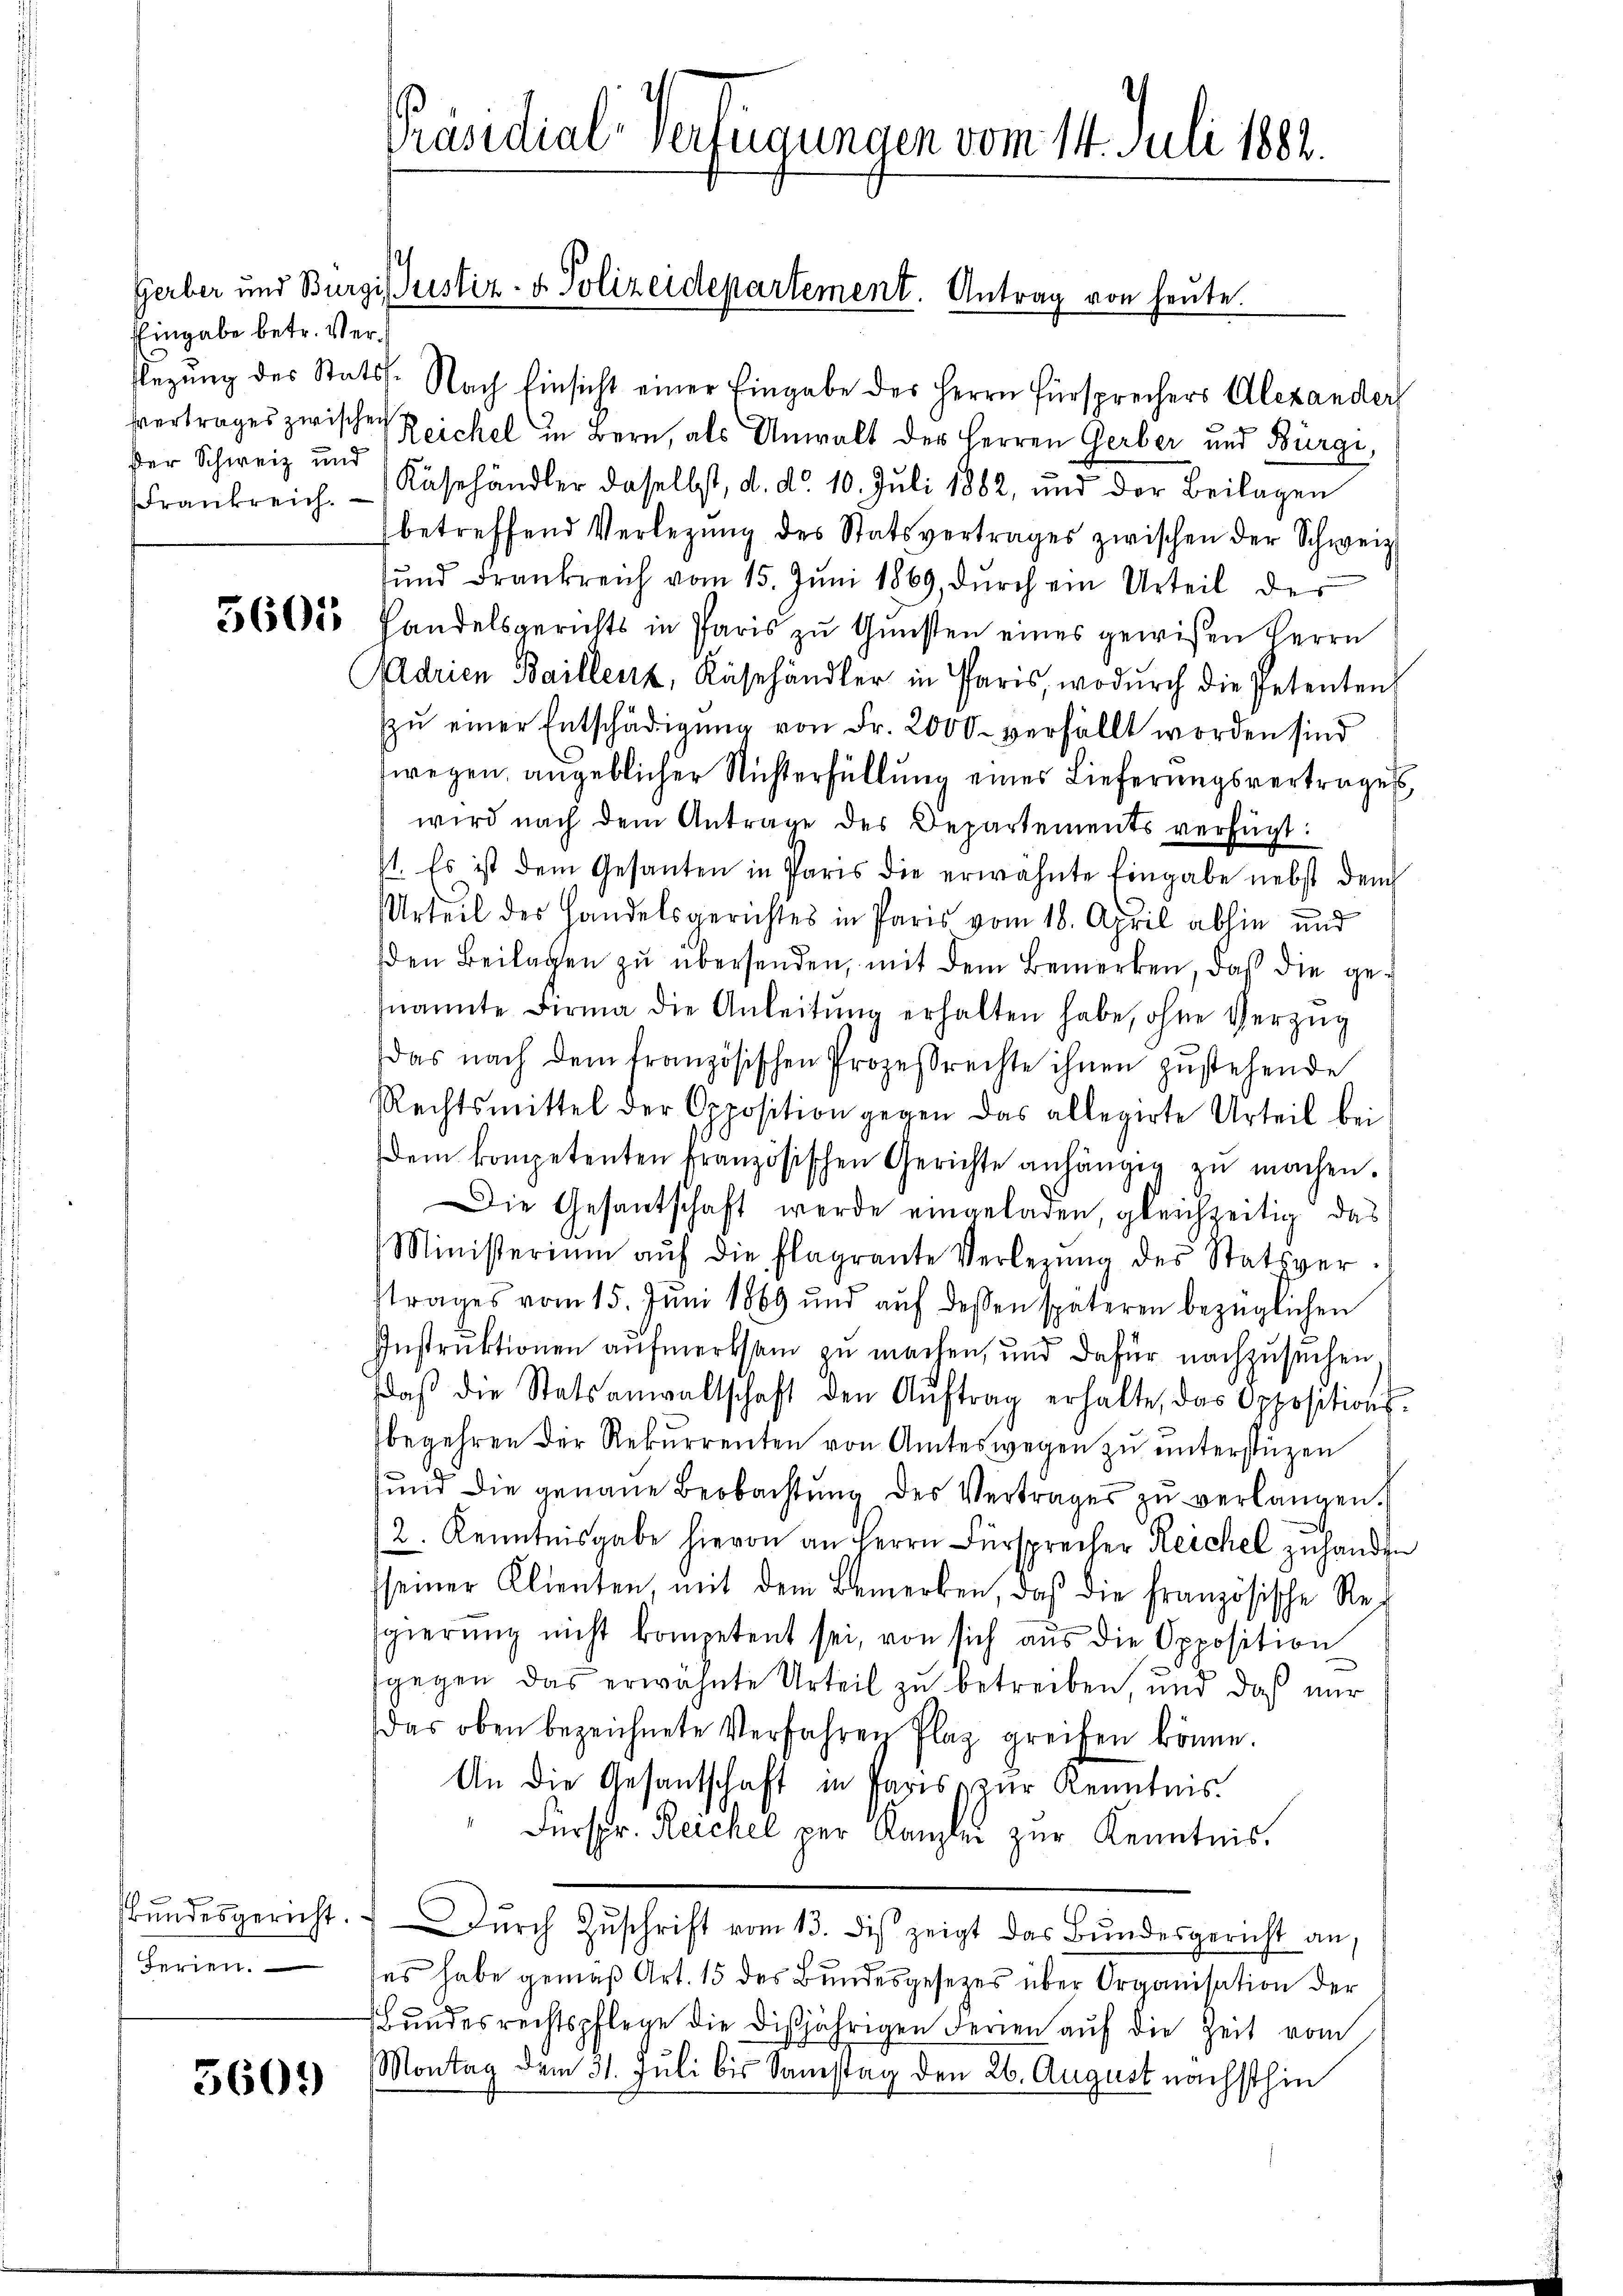
Eingabe betr. Verßer Schweiz und

3601

Bundesgericht.
Ferien.

5609

Präsidial-Verfügungen vom 14. Juli 1882.

slegung des Stats. Nach Einsicht einer Eingabe des Herrn Fürsprechers Alexander
vertrages zwischen Reichel in Bern, als Unwalt der Herren Gerber und Bürgi,
Frankreich. Käsehändler daselbst, d. d. 10. Juli 1882, und der Beilagen
betreffend Verlegŭng des Statsvertrages zwischen der Schweiz
und Frankreich vom 15. Juni 1869, durch ein Urteil der
Handelsgerichts in Paris zu Gunsten eines gewißen Herrn
Adrian Baillenz, Käshändler in Paris, wodŭrch die Petenten
zŭ einer Entschädigŭng von Fr. 2000 verfällt worden sind
wegen, angeblicher Richterfüllung eines Lieferungsvertrages
wird nach dem Antrage des Departements verfügt:
1. Es ist dem Gesanten in Paris die erwähnte Eingabe nebst dem
Urteil der Handelsgerichtes in Paris vom 18. April abhin und
den Beilagen zu übersenden, mit dem Bemerken, daß die genannte Firma die Anleitŭng erhalten habe, ohne Verzüg
das nach dem französischen Prozessrechte ihnen zŭstehende
Rechtsmittel der Opposition gegen das allegirte Urteil bei
Dem kompetenten französischen Gerichte anhängig zŭ machen.
Die Gesantschaft werde eingeladen, gleichzeitig das
Ministerium aŭf die Flagrante Verlegŭng des Statsver-
strages vom 15. Juni 1869 und auf dessen späteren bezüglichen
Instruktionen aufmerksam zu machen, und dafür nachzusuchen
daβ die Statsanwaltschaft den Aŭftrag erhalte, das Oppositions-
begehren der Rekurrenten von Amteswegen zu unterstüzen
ŭnd die genaue Beobachtŭng des Vertrages zŭ verlangen.
2. Kenntnisgabe hievon an Herrn Fürsprecher Reichel zuhanden
seiner Klienten mit dem Bemerken, daß die französische Regierŭng nicht kompetent sei, von sich aŭs die Opposition
gegen das erwähnte Urteil zu betreiben, und daß nur
das oben bezeichnete Verfahren Plaz greifen könne.
An die Gesantschaft in Paris zur Kenntnis.
Fürspr. Reichel per Kanzler zur Kenntnis.
ŭrch Zŭschrift vom 13. dis zeigt das Bundesgericht an.
es habe gemäß Art. 15 des Bundesgesetzes über Organisation der
Bŭndesrechtspflege die disjährigen Ferien aŭf die Zeit vom
Montag dem 31. Juli bis Samstag den 26. August nächsthin

.
Gerber und Burgi fristiz- & Polizeidepartement. Antrag von heute.